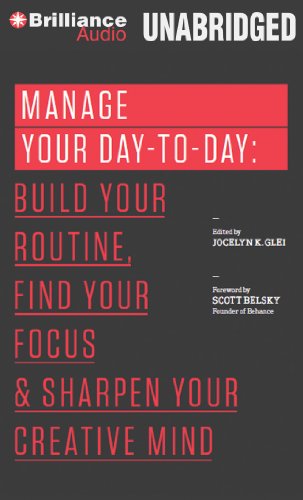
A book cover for Manage Your Day-to-Day: Build Your Routine, Find Your Focus, and Sharpen Your Creative Mind (The 99U Book Series); Jocelyn K. Glei (Editor); Business & Money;